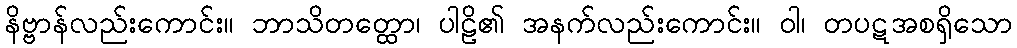
နိဗ္ဗာန်လည်းကောင်း။ ဘာသိတတ္ထော၊ ပါဠိ၏ အနက်လည်းကောင်း။ ဝါ၊ တပဋအစရှိသော